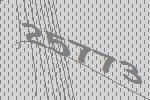
25773